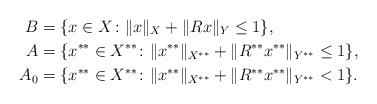
LaTeX: \begin{align*} B & =\{x\in X\colon \|x\|_X + \|Rx\|_Y\leq 1\}, \\ A & =\{x^{**}\in X^{**}\colon \|x^{**}\|_{X^{**}} + \|R^{**}x^{**}\|_{Y^{**}}\leq 1\}, \\ A_0 & =\{x^{**}\in X^{**}\colon \|x^{**}\|_{X^{**}} + \|R^{**}x^{**}\|_{Y^{**}}< 1\}.\end{align*}